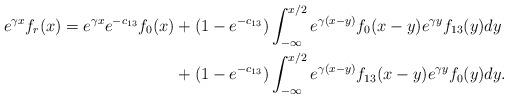
LaTeX: \begin{align*} e^{\gamma x}f_r(x) = e^{\gamma x} e^{-c_{13}} f_0(x) &+ (1-e^{-c_{13}}) \int_{-\infty}^{x/2} e^{\gamma(x-y)} f_0(x-y)e^{\gamma y}f_{13}(y)dy \\&+(1-e^{-c_{13}}) \int_{-\infty}^{x/2} e^{\gamma(x-y)} f_{13}(x-y)e^{\gamma y}f_0(y)dy. \end{align*}